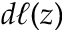
d \ell ( z )